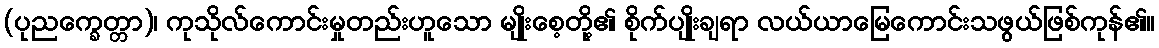
(ပုညက္ခေတ္တာ)၊ ကုသိုလ်ကောင်းမှုတည်းဟူသော မျိုးစေ့တို့၏ စိုက်ပျိုးချရာ လယ်ယာမြေကောင်းသဖွယ်ဖြစ်ကုန်၏။